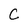
Character: C